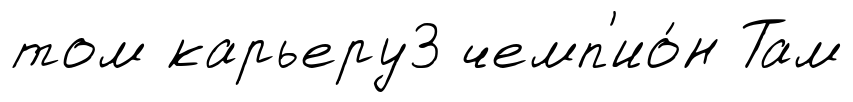
том карьеру3 чемп'ио́н Там